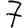
Digit: 7